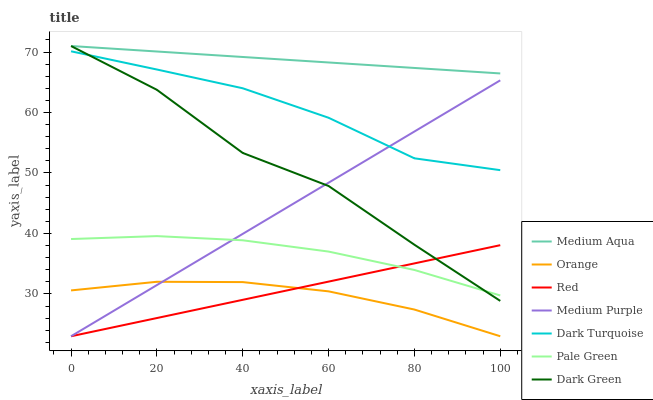
| xaxis_label | Medium Aqua | Orange | Red | Medium Purple | Dark Turquoise | Pale Green | Dark Green |
 | --- | --- | --- | --- | --- | --- | --- | --- |
 | 0 | 71 | 30.6 | 23 | 23 | 70.1 | 39.1 | 71 |
 | 20 | 70.1 | 32 | 26 | 31.5 | 67.1 | 39.6 | 63.8 |
 | 40 | 69.2 | 32 | 29 | 39.9 | 64 | 38.9 | 53.3 |
 | 60 | 68.3 | 30.4 | 32 | 48.4 | 59.1 | 37 | 47.9 |
 | 80 | 67.4 | 27.4 | 35 | 56.9 | 52.4 | 34 | 38.1 |
 | 100 | 66.5 | 23 | 38.1 | 65.3 | 50.5 | 29.7 | 28.8 |